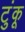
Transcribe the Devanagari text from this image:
टुंकू